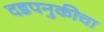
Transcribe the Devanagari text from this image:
दडपनुकीचा